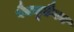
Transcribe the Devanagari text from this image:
बैकडूडैगन